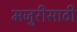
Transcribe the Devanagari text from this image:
मजुरीसाठी